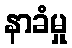
နာခံမှု